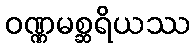
ဝဏ္ဏမစ္ဆရိယဿ